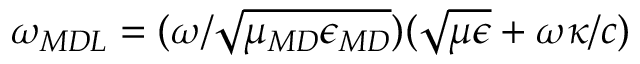
\omega _ { \/ { M D L } } = ( \omega / \sqrt { \mu _ { \/ { M D } } \epsilon _ { \/ { M D } } } ) ( \sqrt { \mu \epsilon } + \omega \kappa / c )